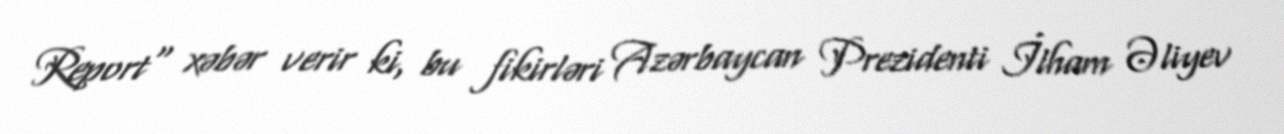
Report" xəbər verir ki, bu fikirləri Azərbaycan Prezidenti İlham Əliyev